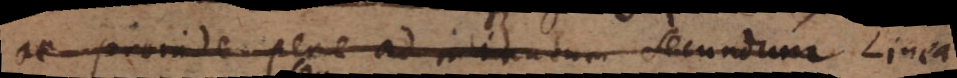
ac proinde pene ad minutum secundum Linea